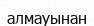
алмауынан